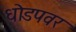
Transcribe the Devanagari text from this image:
धोडपवर